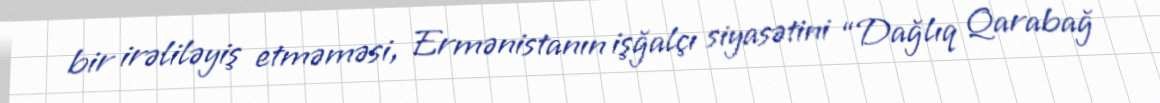
bir irəliləyiş etməməsi, Ermənistanın işğalçı siyasətini “Dağlıq Qarabağ